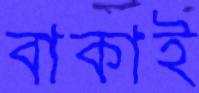
বাকাই